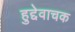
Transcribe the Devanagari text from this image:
हुद्देवाचक